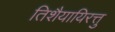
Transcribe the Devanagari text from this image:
तिशैयायिरत्तु